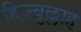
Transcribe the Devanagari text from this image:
हिज़्बुल्लाह